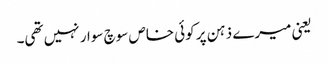
یعنی میرے ذہن پر کوئی خاص سوچ سوار نہیں تھی۔